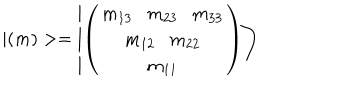
| ( m ) > = \left| \left( \begin{array} { c } { { m _ { 1 3 } m _ { 2 3 } m _ { 3 3 } } } \\ { { m _ { 1 2 } m _ { 2 2 } } } \\ { { m _ { 1 1 } } } \\ \end{array} \right) \right>